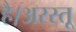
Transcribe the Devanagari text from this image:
है।अरस्तू